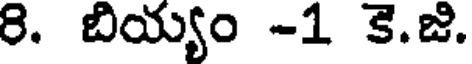
8. బియ్యం -1 కె.జి.